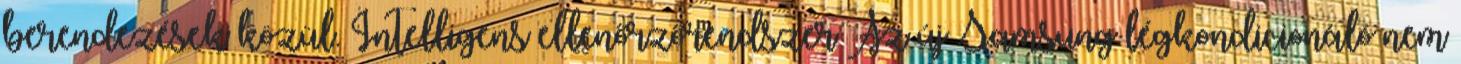
berendezések közül. Intelligens ellenőrzőrendszer Az új Samsung légkondicionáló nem